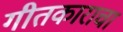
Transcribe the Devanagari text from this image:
गीतकाराचा